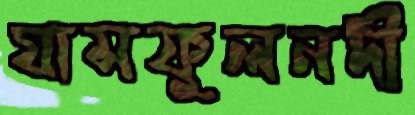
ঘাসফুলনদী